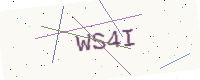
Text: WS4I